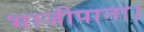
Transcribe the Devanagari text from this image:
भाजीपाना।